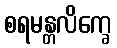
စရမန္တလိက္ခေ